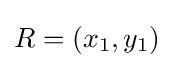
R=(x_{1},y_{1})